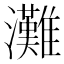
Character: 灘